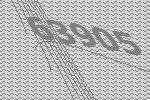
63905